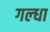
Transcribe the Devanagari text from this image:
गल्धा